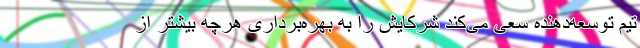
تیم توسعه‌دهنده‌ سعی می‌کند شرکایش را به بهره‌برداری هرچه بیشتر از